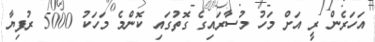
އަހަރެން ރީ އަށް މަހު މުސާރައިގެ ގޮތުގައި ކޮންމެ މަހަކު 5000 ރުފިޔާ